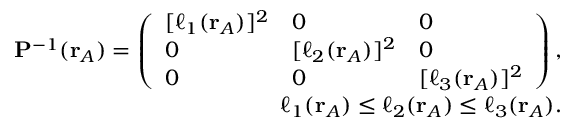
\begin{array} { r } { \mathbf { P } ^ { - 1 } ( \mathbf { r } _ { A } ) = \left( \begin{array} { l l l } { [ \ell _ { 1 } ( \mathbf { r } _ { A } ) ] ^ { 2 } } & { 0 } & { 0 } \\ { 0 } & { [ \ell _ { 2 } ( \mathbf { r } _ { A } ) ] ^ { 2 } } & { 0 } \\ { 0 } & { 0 } & { [ \ell _ { 3 } ( \mathbf { r } _ { A } ) ] ^ { 2 } } \end{array} \right) , } \\ { \ell _ { 1 } ( \mathbf { r } _ { A } ) \le \ell _ { 2 } ( \mathbf { r } _ { A } ) \le \ell _ { 3 } ( \mathbf { r } _ { A } ) . } \end{array}